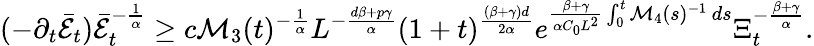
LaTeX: (-\partial_{t}\bar{\mathcal{E}}_{t})\bar{\mathcal{E}}_{t}^{-\frac 1\alpha}\geq c\mathcal{M}_{3}(t)^{-\frac{1}{\alpha}}L^{-\frac{d\beta+p\gamma}{\alpha}}(1+t)^{\frac{(\beta+\gamma)d}{2\alpha}}e^{\frac{\beta+\gamma}{\alpha C_{0}L^{2}}\int_{0}^{t}\mathcal{M}_{4}(s)^{-1}\, ds}\Xi_{t}^{-\frac{\beta+\gamma}{\alpha}}.